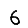
Digit: 6